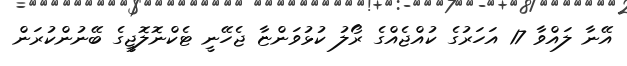
އޭނާ ލައްވާ 17 އަހަރުގެ ކުއްޖެއްގެ ރޯލު ކުޅުވަންޏާ ޖެހޭނީ ޓެކްނޮލޮޖީގެ ބޭނުންކުރަން